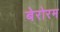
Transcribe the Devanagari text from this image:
बेरोरम